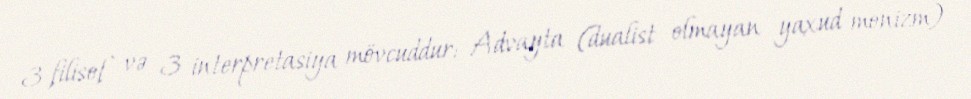
3 filisof və 3 interpretasiya mövcuddur: Advayta (dualist olmayan yaxud monizm)